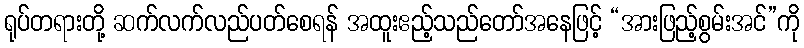
ရုပ်တရားတို့ ဆက်လက်လည်ပတ်စေရန် အထူးဧည့်သည်တော်အနေဖြင့် “အားဖြည့်စွမ်းအင်”ကို